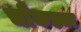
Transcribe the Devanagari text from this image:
चौकड्या